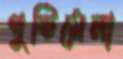
পুষ্টিমেলা